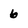
Character: 6